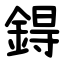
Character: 鍀